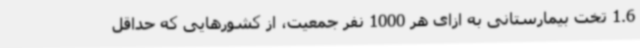
1.6 تخت بیمارستانی به ازای هر 1000 نفر جمعیت، از کشورهایی که حداقل